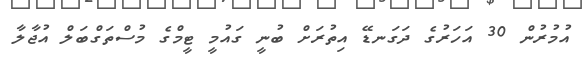
އުމުރުން 30 އަހަރުގެ ދަގަނޑޭ އިތުރަށް ބުނީ ގައުމީ ޓީމްގެ މުސްތަގްބަލް އުޖާލާ